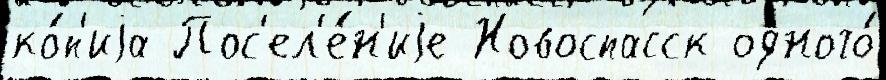
ко́п'иjа Пос'ел'е́н'иjе Новоспасск одного́